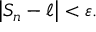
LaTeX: \left| S _ { n } - \ell \right\vert < \varepsilon .